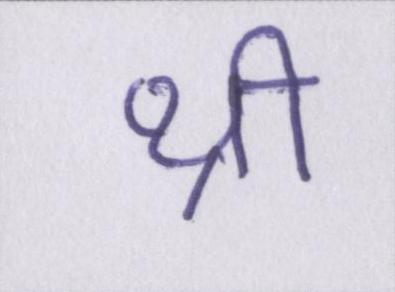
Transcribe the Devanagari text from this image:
थ्री